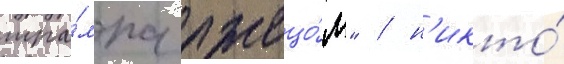
тра́мпа лжецо́м" / н'икто́